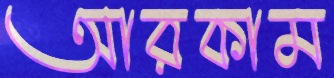
আরকাম